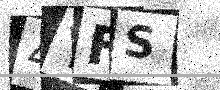
Text: 4YFS